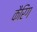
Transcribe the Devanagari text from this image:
कैरिंग